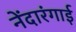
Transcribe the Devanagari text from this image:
नेंदारंगाई